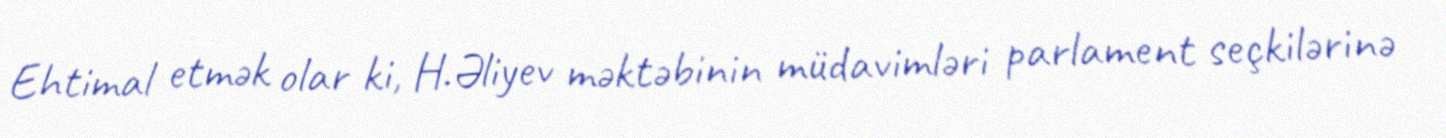
Ehtimal etmək olar ki, H.Əliyev məktəbinin müdavimləri parlament seçkilərinə